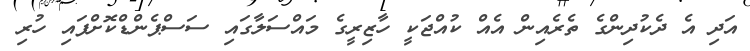
އަދި އެ ދެކުދިންގެ ތެރެއިން އެއް ކުއްޖަކީ ހާޒިރީގެ މައްސަލާގައި ސަސްޕެންޑްކޮށްފައި ހުރި